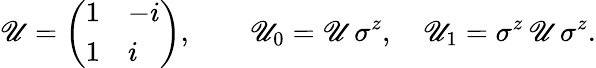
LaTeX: \mathscr{U}=\left(\begin{array}{ll}{{1}}&{{-i}}\\ {{1}}&{{i}}\end{array}\right),\qquad\mathscr{U}_{0}=\mathscr{U}\, \sigma^{z},\quad\mathscr{U}_{1}=\sigma^{z}\, \mathscr{U}\, \sigma^{z}.